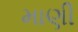
માણી